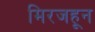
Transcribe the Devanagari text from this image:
मिरजहून